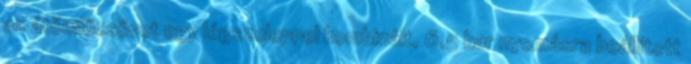
az átömlőcsövet egy légszeleppel kombinált, 6,5 bar nyomásra beállított